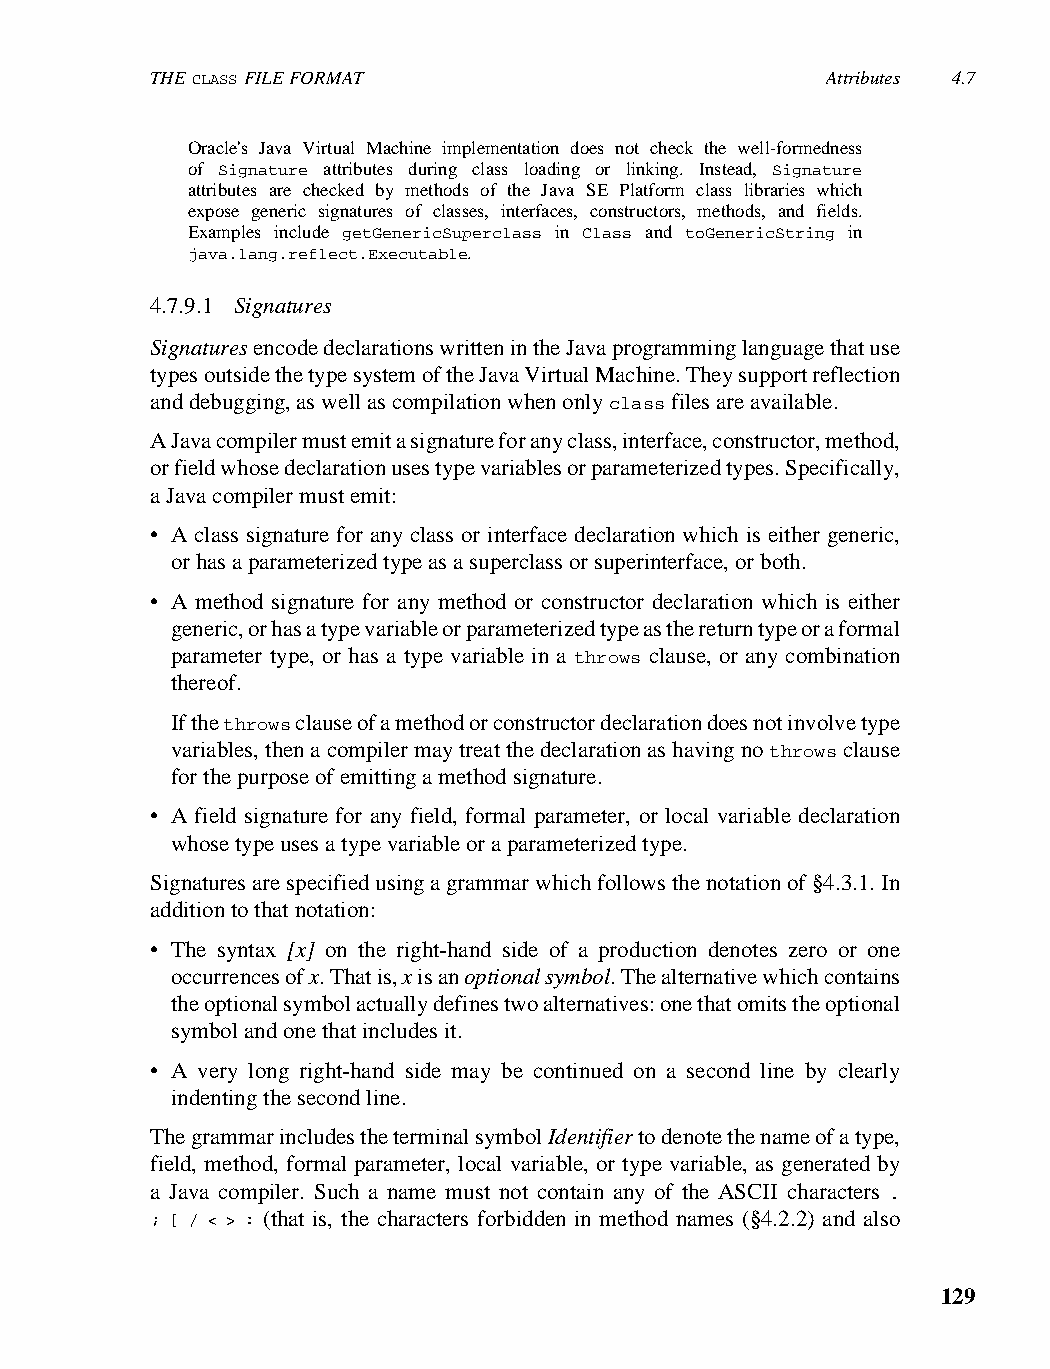
THE CLASS FILE FORMAT                        Attributes 4.7
 Oracle's Java Virtual Machine implementation does not check the well-formedness
 of Signature attributes during class loading or linking. Instead, Signature
 attributes are checked by methods of the Java SE Platform class libraries which
 expose generic signatures of classes, interfaces, constructors, methods, and fields.
 Examples include getGenericSuperclass in Class and toGenericString in
 java.lang.reflect.Executable.
 4.7.9.1 Signatures
 Signatures encode declarations written in the Java programming language that use
 types outside the type system of the Java Virtual Machine. They support reflection
 and debugging, as well as compilation when only class files are available.
 A Java compiler must emit a signature for any class, interface, constructor, method,
 or field whose declaration uses type variables or parameterized types. Specifically,
 a Java compiler must emit:
 • A class signature for any class or interface declaration which is either generic,
 or has a parameterized type as a superclass or superinterface, or both.
 • A method signature for any method or constructor declaration which is either
 generic, or has a type variable or parameterized type as the return type or a formal
 parameter type, or has a type variable in a throws clause, or any combination
 thereof.
 If the throws clause of a method or constructor declaration does not involve type
 variables, then a compiler may treat the declaration as having no throws clause
 for the purpose of emitting a method signature.
 • A field signature for any field, formal parameter, or local variable declaration
 whose type uses a type variable or a parameterized type.
 Signatures are specified using a grammar which follows the notation of §4.3.1. In
 addition to that notation:
 • The syntax [x] on the right-hand side of a production denotes zero or one
 occurrences of x. That is, x is an optional symbol. The alternative which contains
 the optional symbol actually defines two alternatives: one that omits the optional
 symbol and one that includes it.
 • A very long right-hand side may be continued on a second line by clearly
 indenting the second line.
 The grammar includes the terminal symbol Identifier to denote the name of a type,
 field, method, formal parameter, local variable, or type variable, as generated by
 a Java compiler. Such a name must not contain any of the ASCII characters .
 ; [ / < > : (that is, the characters forbidden in method names (§4.2.2) and also
 129